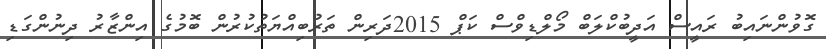
ގޮވުންނައިބު ރައީސް އަދީބުކްލަބް މޯލްޑިވްސް ކަޕް 2015ދަރިން ތަރުބިއްޔަތުކުރުން ބޮމުގެ އިންޒާރު ދިނުންގަޑި